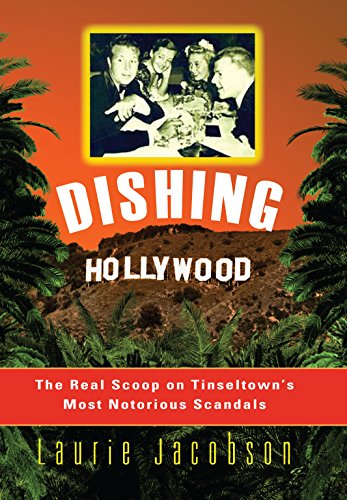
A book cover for Dishing Hollywood: The Real Scoop on Tinseltown's Most Notorious Scandals; Laurie Jacobson; Humor & Entertainment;